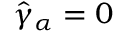
\hat { \gamma } _ { \alpha } = 0